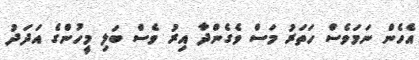
އެހެން ނަމަވެސް ހަތަރު މަސް ވެގެންދާ އިރު ވެސް ބަލި މީހުންގެ އަދަދު